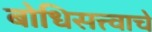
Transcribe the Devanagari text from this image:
बोधिसत्त्वाचे